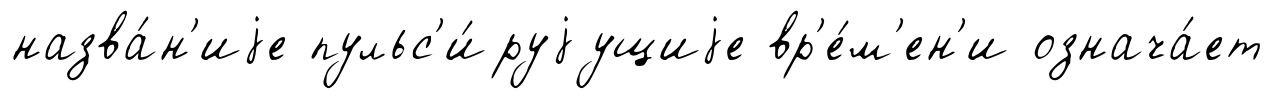
назва́н'иjе пульс'и́руjущиjе вр'е́м'ен'и означа́ет